Report of the Indian Hemp Drugs Commission, 1894-1895 - Volume IV
Year: 1894
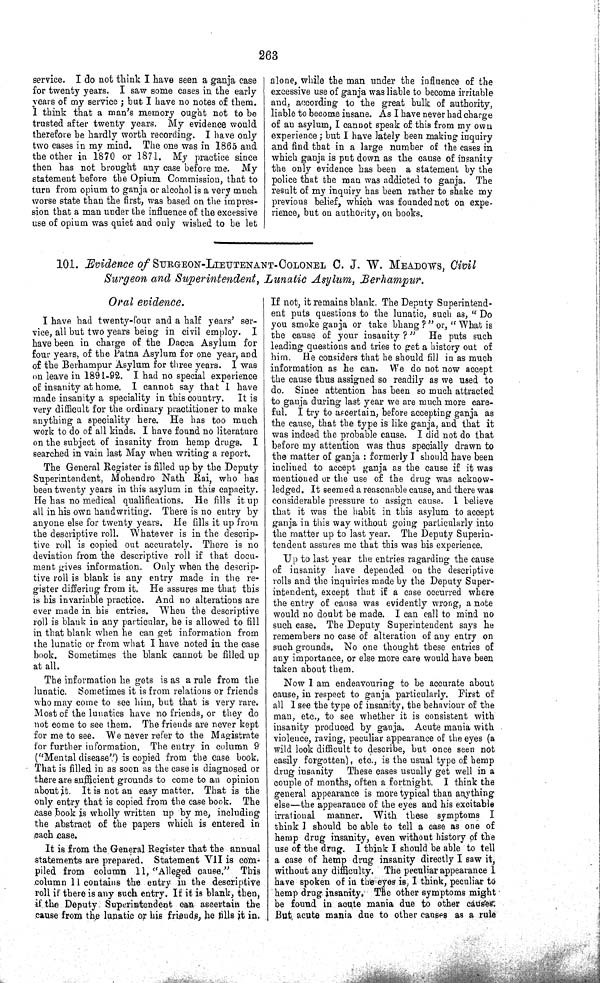
263
service. I do not think I have seen a ganja case
for twenty years. I saw some cases in the early
years of my service; but I have no notes of them.
I think that a man's memory ought not to be
trusted after twenty years. My evidence would
therefore be hardly worth recording. I have only
two cases in my mind. The one was in 1865 and
the other in 1870 or 1871. My practice since
then has not brought any case before me. My
statement before the Opium Commission, that to
turn from opium to ganja or alcohol is a very much
worse state than the first, was based on the impres-
sion that a man under the influence of the excessive
use of opium was quiet and only wished to be let
alone, while the man under the influence of the
excessive use of ganja was liable to become irritable
and, according to the great bulk of authority,
liable to become insane. As I have never had charge
of an asylum, I cannot speak of this from my own
experience; but I have lately been making inquiry
and find that in a large number of the cases in
which ganja is put down as the cause of insanity
the only evidence has been a statement by the
police that the man was addicted to ganja. The
result of my inquiry has been rather to shake my
previous belief, which was founded not on expe-
rience, but on authority, on books.
101. Evidence of SURGEON-LIEUTENANT-COLONEL C. J. W. MEADOWS, Civil
Surgeon and Superintendent, Lunatic Asylum, Berhampur.
Oral evidence.
I have had twenty-four and a half years' ser-
vice, all but two years being in civil employ. I
have been in charge of the Dacca Asylum for
four years, of the Patna Asylum for one year, and
of the Berhampur Asylum for three years. I was
on leave in 1891-92. I had no special experience
of insanity at home. I cannot say that I have
made insanity a speciality in this country. It is
very difficult for the ordinary practitioner to make
anything a speciality here. He has too much
work to do of all kinds. I have found no literature
on the subject of insanity from hemp drugs. I
searched in vain last May when writing a report.
The General Register is filled up by the Deputy
Superintendent, Mohendro Nath Rai, who has
been twenty years in this asylum in this capacity.
He has no medical qualifications. He fills it up
all in his own handwriting. There is no entry by
anyone else for twenty years. He fills it up from
the descriptive roll. Whatever is in the descrip-
tive roll is copied out accurately. There is no
deviation from the descriptive roll if that docu-
ment gives information. Only when the descrip-
tive roll is blank is any entry made in the re-
gister differing from it. He assures me that this
is his invariable practice. And no alterations are
ever made in his entries. When the descriptive
roll is blank in any particular, he is allowed to fill
in that blank when he can get information from
the lunatic or from what I have noted in the case
book. Sometimes the blank cannot be filled up
at all.
The information he gets is as a rule from the
lunatic. Sometimes it is from relations or friends
who may come to see him, but that is very rare.
Most of the lunatics have no friends, or they do
not come to see them. The friends are never kept
for me to see. We never refer to the Magistrate
for further information. The entry in column 9
("Mental disease") is copied from the case book.
That is filled in as soon as the case is diagnosed or
there are sufficient grounds to come to an opinion
about it. It is not an easy matter. That is the
only entry that is copied from the case book. The
case book is wholly written up by me, including
the abstract of the papers which is entered in
each case.
It is from the General Register that the annual
statements are prepared. Statement VII is com-
piled from column 11, "Alleged cause." This
column 11 contains the entry in the descriptive
roll if there is any such entry. If it is blank, then,
if the Deputy Superintendent can ascertain the
cause from the lunatic or his friends, he tills it in.
If not, it remains blank. The Deputy Superintend-
ent puts questions to the lunatic, such as, "Do
you smoke ganja or take bhang?" or, "What is
the cause of your insanity?" He puts such
leading questions and tries to get a history out of
him. He considers that he should fill in as much
information as he can. We do not now accept
the cause thus assigned so readily as we used to
do. Since attention has been so much attracted
to ganja during last year we are much more care-
ful. I try to ascertain, before accepting ganja as
the cause, that the type is like ganja, and that it
was indeed the probable cause. I did not do that
before my attention was thus specially drawn to
the matter of ganja: formerly I should have been
inclined to accept ganja as the cause if it was
mentioned or the use of the drug was acknow-
ledged. It seemed a reasonable cause, and there was
considerable pressure to assign cause. I believe
that it was the habit in this asylum to accept
ganja in this way without going particularly into
the matter up to last year. The Deputy Superin-
tendent assures me that this was his experience.
Up to last year the entries ragarding the cause
of insanity have depended on the descriptive
rolls and the inquiries made by the Deputy Super-
intendent, except that if a case occurred where
the entry of cause was evidently wrong, a note
would no doubt be made. I can call to mind no
such case. The Deputy Superintendent says he
remembers no case of alteration of any entry on
such grounds. No one thought these entries of
any importance, or else more care would have been
taken about them.
Now I am endeavouring to be accurate about
cause, in respect to ganja particularly. First of
all I see the type of insanity, the behaviour of the
man, etc., to see whether it is consistent with
insanity produced by ganja. Acute mania with
violence, raving, peculiar appearance of the eyes (a
wild look difficult to describe, but once seen not
easily forgotten), etc., is the usual type of hemp
drug insanity These cases usually get well in a
couple of months, often a fortnight. I think the
general appearance is more typical than anything
else—the appearance of the eyes and his excitable
irrational manner. With these symptoms I
think I should be able to tell a case as one of
hemp drug insanity, even without history of the
use of the drug. I think I should be able to tell
a case of hemp drug insanity directly I saw it,
without any difficulty. The peculiar appearance 1
have spoken of in the eyes is, I think, peculiar to
hemp drug insanity. The other symptoms might
be found in acute mania due to other causes.
But acute mania due to other causes as a rule